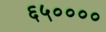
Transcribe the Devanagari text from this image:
६५००००